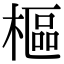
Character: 樞